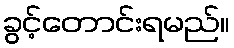
ခွင့်တောင်းရမည်။